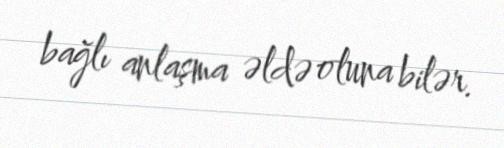
bağlı anlaşma əldə oluna bilər.